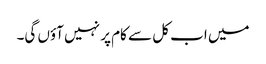
میں اب کل سے کام پر نہیں آؤں گی۔